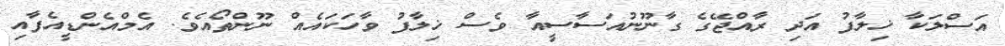
އަސްލަކާ ޚިލާފު އަދި ރާއްޖޭގެ ގާނޫނުއަސާސީއާ ވެސް ޚިލާފު ވާހަކައެއް ނޫންތޯއެވެ. އެމްއެންޑީއެފާއި